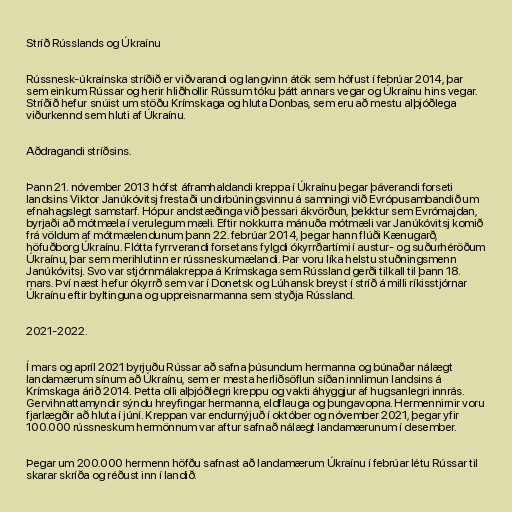
Stríð Rússlands og Úkraínu

Rússnesk-úkraínska stríðið er viðvarandi og langvinn átök sem hófust í febrúar 2014, þar
sem einkum Rússar og herir hliðhollir Rússum tóku þátt annars vegar og Úkraínu hins vegar.
Stríðið hefur snúist um stöðu Krímskaga og hluta Donbas, sem eru að mestu alþjóðlega
viðurkennd sem hluti af Úkraínu.

Aðdragandi stríðsins.

Þann 21. nóvember 2013 hófst áframhaldandi kreppa í Úkraínu þegar þáverandi forseti
landsins Viktor Janúkóvitsj frestaði undirbúningsvinnu á samningi við Evrópusambandið um
efnahagslegt samstarf. Hópur andstæðinga við þessari ákvörðun, þekktur sem Evrómajdan,
byrjaði að mótmæla í verulegum mæli. Eftir nokkurra mánuða mótmæli var Janúkóvitsj komið
frá völdum af mótmælendunum þann 22. febrúar 2014, þegar hann flúði Kænugarð,
höfuðborg Úkraínu. Flótta fyrrverandi forsetans fylgdi ókyrrðartími í austur- og suðurhéröðum
Úkraínu, þar sem merihlutinn er rússneskumælandi. Þar voru líka helstu stuðningsmenn
Janúkóvitsj. Svo var stjórnmálakreppa á Krímskaga sem Rússland gerði tilkall til þann 18.
mars. Því næst hefur ókyrrð sem var í Donetsk og Lúhansk breyst í stríð á milli ríkisstjórnar
Úkraínu eftir byltinguna og uppreisnarmanna sem styðja Rússland.

2021-2022.

Í mars og apríl 2021 byrjuðu Rússar að safna þúsundum hermanna og búnaðar nálægt
landamærum sínum að Úkraínu, sem er mesta herliðsöflun síðan innlimun landsins á
Krímskaga árið 2014. Þetta olli alþjóðlegri kreppu og vakti áhyggjur af hugsanlegri innrás.
Gervihnattamyndir sýndu hreyfingar hermanna, eldflauga og þungavopna. Hermennirnir voru
fjarlægðir að hluta í júní. Kreppan var endurnýjuð í október og nóvember 2021, þegar yfir
100.000 rússneskum hermönnum var aftur safnað nálægt landamærunum í desember.

Þegar um 200.000 hermenn höfðu safnast að landamærum Úkraínu í febrúar létu Rússar til
skarar skríða og réðust inn í landið.